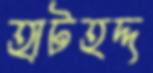
হাটহদ্দ